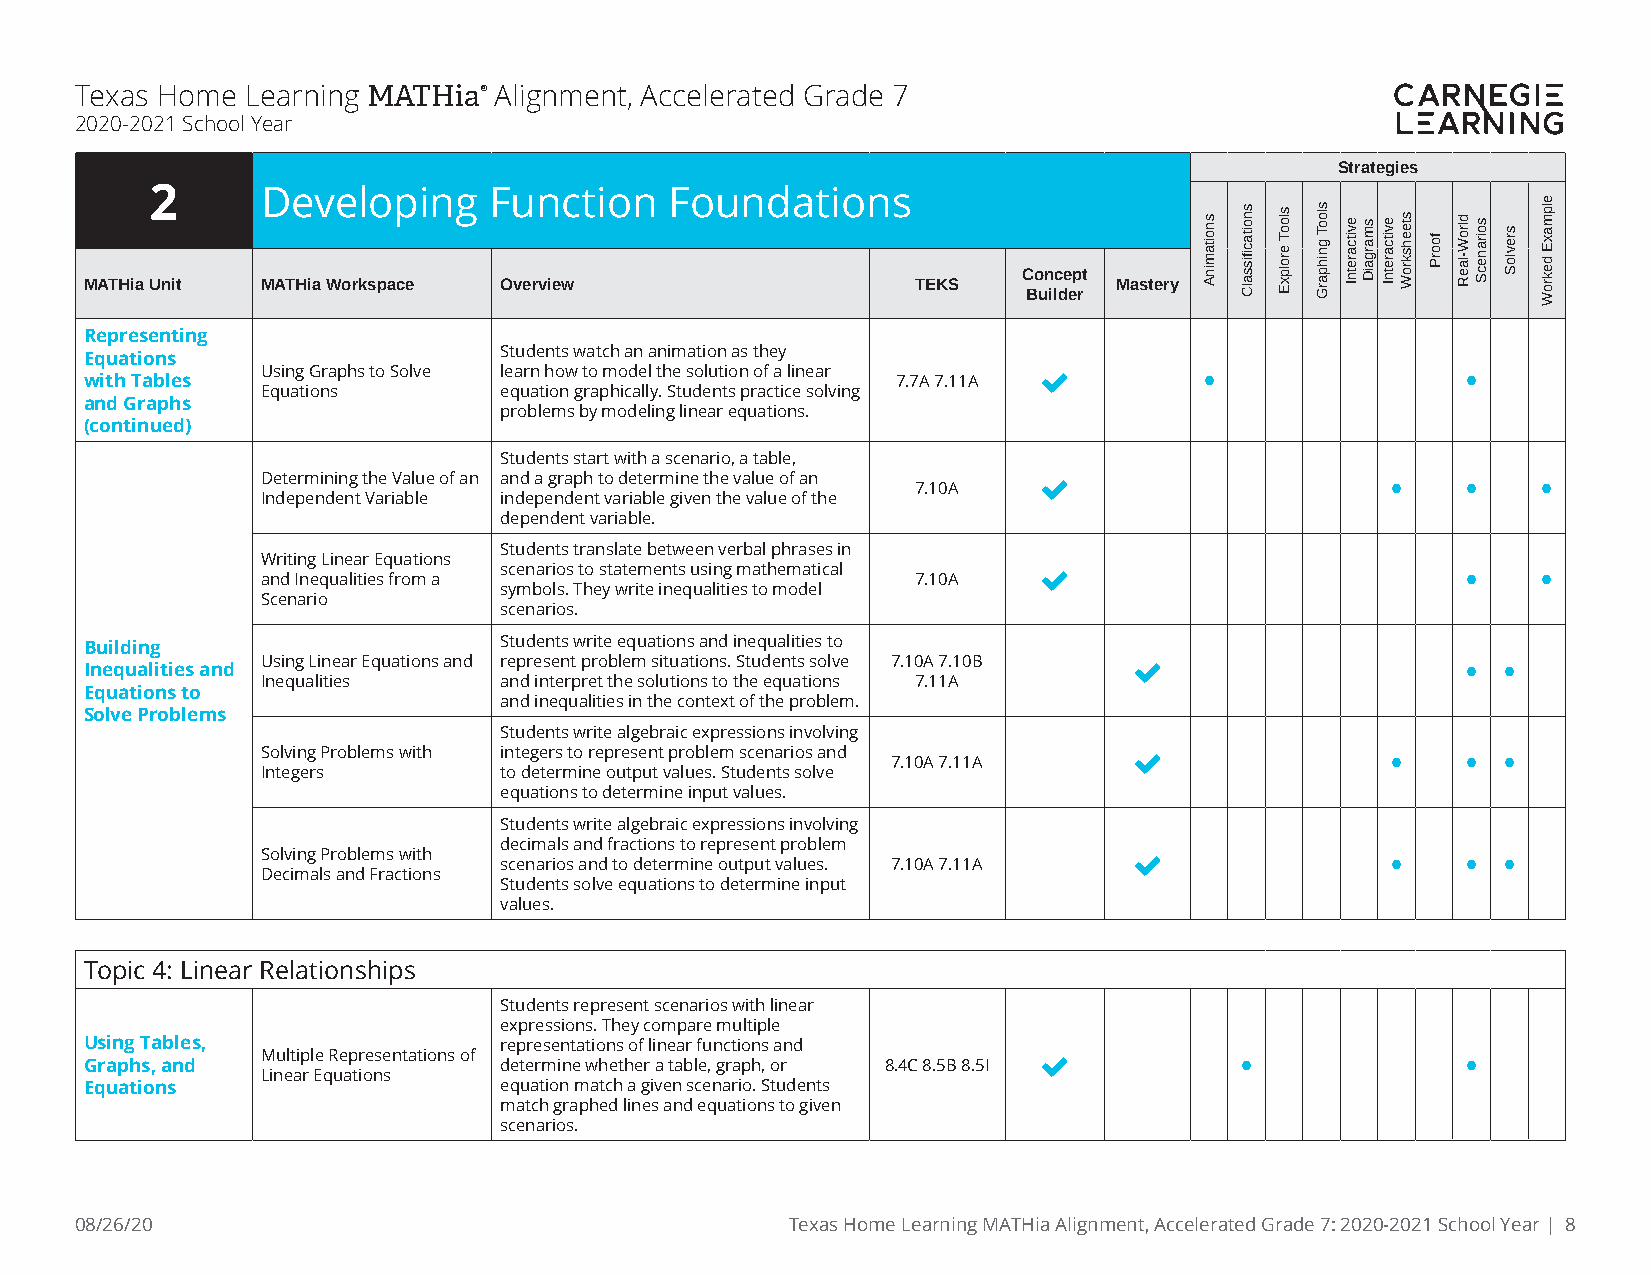
Texas Home Learning MATHia® Alignment, Accelerated Grade 7
 2020-2021 School Year
 Strategies
 2      Developing     Function    Foundations
 Concept
 MATHia Unit MATHia Workspace Overview                  TEKS         Mastery
 Builder
 Representing
 Students watch an animation as they
 Equations
 with Tables Using Graphs to Solve learn how to model the solution of a linear 7.7A 7.11A  • •
 Equations       equation graphically. Students practice solving
 and Graphs
 problems by modeling linear equations.
 (continued)
 Students start with a scenario, a table,
 Determining the Value of an and a graph to determine the value of an 7.10A  •  •    •
 Independent Variable independent variable given the value of the
 dependent variable.
 Students translate between verbal phrases in
 Writing Linear Equations
 and Inequalities from a scenarios to statements using mathematical 7.10A       •    •
 symbols. They write inequalities to model
 Scenario
 scenarios.
 Building                   Students write equations and inequalities to
 Inequalities and Using Linear Equations and represent problem situations. Students solve 7.10A 7.10B  • •
 Inequalities    and interpret the solutions to the equations 7.11A
 Equations to
 and inequalities in the context of the problem.
 Solve Problems
 Students write algebraic expressions involving
 Solving Problems with integers to represent problem scenarios and 7.10A 7.11A  • • •
 Integers        to determine output values. Students solve
 equations to determine input values.
 Students write algebraic expressions involving
 decimals and fractions to represent problem
 Solving Problems with scenarios and to determine output values. 7.10A 7.11A  • • •
 Decimals and Fractions
 Students solve equations to determine input
 values.
 Topic 4: Linear Relationships
 Students represent scenarios with linear
 expressions. They compare multiple
 Using Tables,              representations of linear functions and
 Graphs, and Multiple Representations of determine whether a table, graph, or 8.4C 8.5B 8.5I  • •
 Linear Equations
 Equations                  equation match a given scenario. Students
 match graphed lines and equations to given
 scenarios.
 08/26/20                                       Texas Home Learning MATHia Alignment, Accelerated Grade 7: 2020-2021 School Year | 8
 snoitaminA snoitacfiissalC slooT
 erolpxE
 slooT
 gnihparG
 evitcaretnI smargaiD evitcaretnI steehskroW
 foorP
 dlroW-laeR soiranecS
 srevloS
 elpmaxE
 dekroW